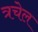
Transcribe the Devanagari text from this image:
त्रचेल